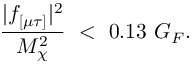
{ \frac { | f _ { [ \mu \tau ] } | ^ { 2 } } { M _ { \chi } ^ { 2 } } } \ < \ 0 . 1 3 \ G _ { F } .